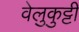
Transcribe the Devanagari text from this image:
वेलुकुट्टी